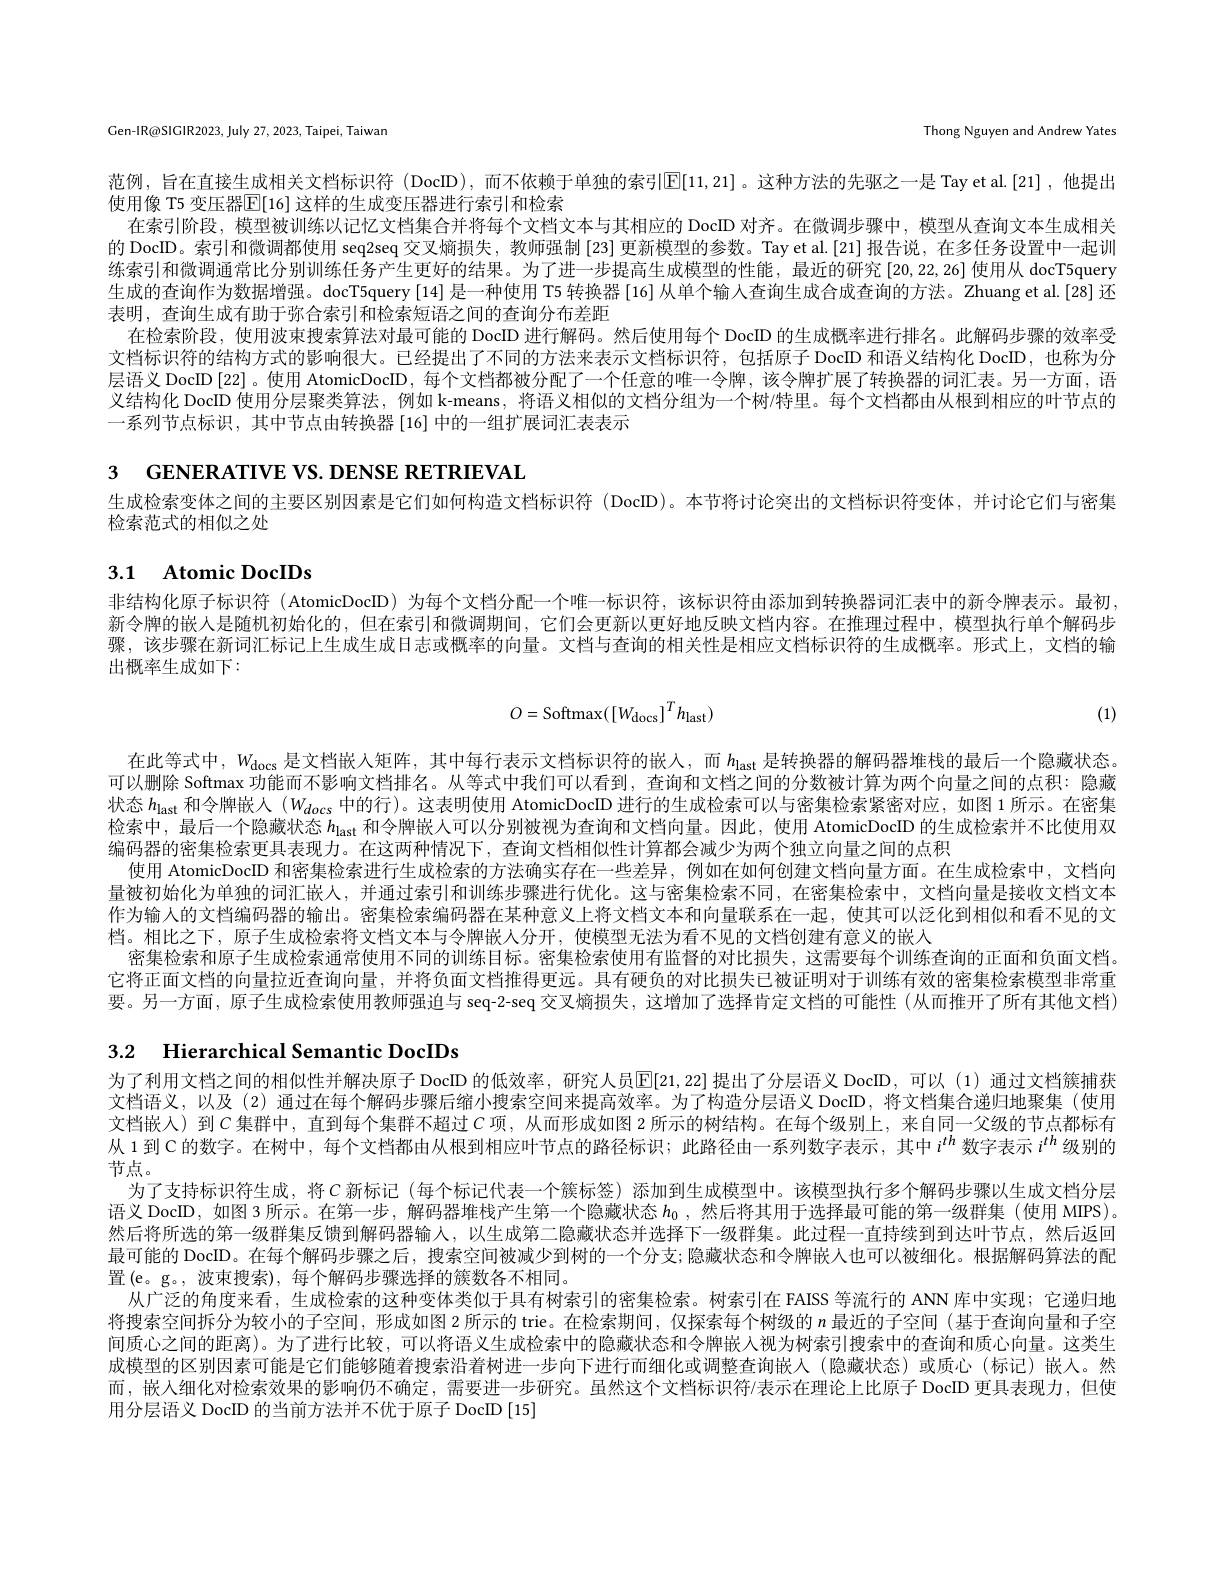
Gen-IR@SIGIR2023, July 27, 2023, Taipei, Taiwan

Thong Nguyen and Andrew Yates

范例，旨在直接生成相关文档标识符(DocID),而不依赖于单独的索引$\mathbb{E}[11,21]$。这种方法的先驱之一是 Tay et al.[21],他提出
使用像 T5 变压器$\mathbb{E}[16]$ 这样的生成变压器进行索引和检索
在索引阶段，模型被训练以记忆文档集合并将每个文档文本与其相应的 DocID 对齐。在微调步骤中，模型从查询文本生成相关的 DocID。索引和微调都使用 seq2seq 交叉熵损失，教师强制 [23] 更新模型的参数。Tay et al.[21] 报告说，在多任务设置中一起训练索引和微调通常比分别训练任务产生更好的结果。为了进一步提高生成模型的性能，最近的研究[20,22,26]使用从 docT5query 生成的查询作为数据增强。docT5query[14]是一种使用 T5 转换器[16]从单个输入查询生成合成查询的方法。Zhuang et al.[28] 还表明，查询生成有助于弥合索引和检索短语之间的查询分布差距
在检索阶段，使用波束搜索算法对最可能的 DocID 进行解码。然后使用每个 DocID 的生成概率进行排名。此解码步骤的效率受文档标识符的结构方式的影响很大。已经提出了不同的方法来表示文档标识符，包括原子 DocID 和语义结构化 DocID,也称为分层语义 DocID $\{22\}$。使用 AtomicDocID ,每个文档都被分配了一个任意的唯一令牌，该令牌扩展了转换器的词汇表。另一方面，语义结构化 DocID 使用分层聚类算法，例如 k-means, 将语义相似的文档分组为一个树/特里。每个文档都由从根到相应的叶节点的一系列节点标识，其中节点由转换器[16]中的一组扩展词汇表表示

3 GENERATIVE VS. DENSE RETRIEVAL

生成检索变体之间的主要区别因素是它们如何构造文档标识符(DocID)。本节将讨论突出的文档标识符变体，并讨论它们与密集
检索范式的相似之处

# 3.1 Atomic DocIDs

非结构化原子标识符 (AtomicDocID) 为每个文档分配一个唯一标识符，该标识符由添加到转换器词汇表中的新令牌表示。最初新令牌的嵌人是随机初始化的，但在索引和微调期间，它们会更新以更好地反映文档内容。在推理过程中，模型执行单个解码步骤，该步骤在新词汇标记上生成生成日志或概率的向量。文档与查询的相关性是相应文档标识符的生成概率。形式上，文档的输出概率生成如下：
$$O=\mathrm{Softmax}([W_{\mathrm{docs}}]^{T}h_{\mathrm{last}})$$
(1)

在此等式中，$W_\mathrm{docs}$是文档嵌人矩阵，其中每行表示文档标识符的嵌人，而$h_\mathrm{last}$是转换器的解码器堆栈的最后一个隐藏状态。可以删除 Softmax 功能而不影响文档排名。从等式中我们可以看到，查询和文档之间的分数被计算为两个向量之间的点积：隐藏状态$h_\mathrm{last}$和令牌嵌人$(W_docs$中的行)。这表明使用 AtomicDocID 进行的生成检索可以与密集检索紧密对应，如图 1 所示。在密集检索中，最后一个隐藏状态$h_\mathrm{last}$和令牌嵌人可以分别被视为查询和文档向量。因此，使用 AtomicDocID 的生成检索并不比使用双编码器的密集检索更具表现力。在这两种情况下，查询文档相似性计算都会减少为两个独立向量之间的点积
使用 AtomicDocID 和密集检索进行生成检索的方法确实存在一些差异，例如在如何创建文档向量方面。在生成检索中，文档向量被初始化为单独的词汇嵌人，并通过索引和训练步骤进行优化。这与密集检索不同，在密集检索中，文档向量是接收文档文本作为输人的文档编码器的输出。密集检索编码器在某种意义上将文档文本和向量联系在一起，使其可以泛化到相似和看不见的文档。相比之下，原子生成检索将文档文本与令牌嵌人分开，使模型无法为看不见的文档创建有意义的嵌入
密集检索和原子生成检索通常使用不同的训练目标。密集检索使用有监督的对比损失，这需要每个训练查询的正面和负面文档它将正面文档的向量拉近查询向量，并将负面文档推得更远。具有硬负的对比损失已被证明对于训练有效的密集检索模型非常重要。另一方面，原子生成检索使用教师强迫与 seq-2-seq 交叉熵损失，这增加了选择肯定文档的可能性 (从而推开了所有其他文档)

# 3.2 Hierarchical Semantic DocIDs

为了利用文档之间的相似性并解决原子 DocID 的低效率，研究人员[E[21,22]提出了分层语义 DocID,可以(1)通过文档簇捕获文档语义，以及(2)通过在每个解码步骤后缩小搜索空间来提高效率。为了构造分层语义 DocID,将文档集合递归地聚集(使用文档嵌入) 到$C$集群中，直到每个集群不超过$C$项，从而形成如图 2 所示的树结构。在每个级别上，来自同一父级的节点都标有从 1 到 C 的数字。在树中，每个文档都由从根到相应叶节点的路径标识；此路径由一系列数字表示，其中$i^{th}$数字表示$i^{th}$级别的节点。
为了支持标识符生成，将$C$ 新标记(每个标记代表一个簇标签)添加到生成模型中。该模型执行多个解码步骤以生成文档分层语义 DocID, 如图 3 所示。在第一步，解码器堆栈产生第一个隐藏状态$h_0$ ,然后将其用于选择最可能的第一级群集 (使用 MIPS)。然后将所选的第一级群集反馈到解码器输人，以生成第二隐藏状态并选择下一级群集。此过程一直持续到到达叶节点，然后返回最可能的 DocID。在每个解码步骤之后，搜索空间被减少到树的一个分支；隐藏状态和令牌嵌人也可以被细化。根据解码算法的配置(e。g。, 波束搜索), 每个解码步骤选择的簇数各不相同。
从广泛的角度来看，生成检索的这种变体类似于具有树索引的密集检索。树索引在 FAISS 等流行的 ANN 库中实现；它递归地将搜索空间拆分为较小的子空间，形成如图2所示的 trie。在检索期间，仅探索每个树级的$n$最近的子空间 (基于查询向量和子空间质心之间的距离)。为了进行比较，可以将语义生成检索中的隐藏状态和令牌嵌人视为树索引搜索中的查询和质心向量。这类生成模型的区别因素可能是它们能够随着搜索沿着树进一步向下进行而细化或调整查询嵌入(隐藏状态)或质心(标记)嵌人。然而，嵌人细化对检索效果的影响仍不确定，需要进一步研究。虽然这个文档标识符/表示在理论上比原子 DocID 更具表现力，但使用用分层语义 DocID 的当前方法并不优于原子 DocID [15]